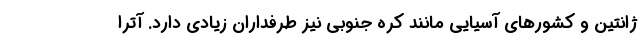
ژانتین و کشورهای آسیایی مانند کره جنوبی نیز طرفداران زیادی دارد. آترا